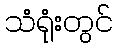
သံရုံးတွင်